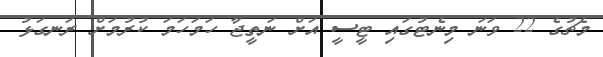
މެޗުގެ 22 ވަނަ މިނެޓުގައި ޓީސީ އަށް ނަތީޖާ ހަމަހަމަ ކުރުމަށް ރަނގަޅު